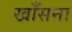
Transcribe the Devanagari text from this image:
खाँसना